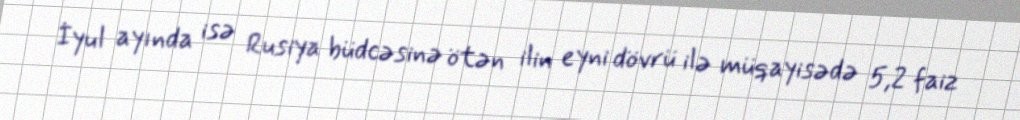
İyul ayında isə Rusiya büdcəsinə ötən ilin eyni dövrü ilə müqayisədə 5,2 faiz